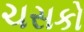
ચસકો